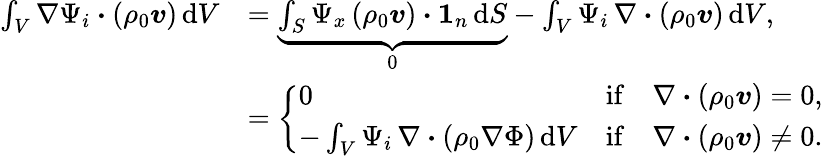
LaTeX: \begin{array}{rl}{\int_{V}\nabla\Psi_{i}\boldsymbol{\cdot}(\rho_{0}\boldsymbol{v})\, \mathrm{d}V}&{=\underbrace{\int_{S}\Psi_{x}\, (\rho_{0}\boldsymbol{v})\boldsymbol{\cdot}\boldsymbol{1}_{n}\, \mathrm{d}S}_{0}-\int_{V}\Psi_{i}\, \nabla\boldsymbol{\cdot}(\rho_{0}\boldsymbol{v})\, \mathrm{d}V,}\\ &{=\left\{ \begin{array}{ll}{0}&{\mathrm{if}\quad\nabla\boldsymbol{\cdot}(\rho_{0}\boldsymbol{v})=0,}\\ {-\int_{V}\Psi_{i}\, \nabla\boldsymbol{\cdot}(\rho_{0}\nabla\Phi)\, \mathrm{d}V}&{\mathrm{if}\quad\nabla\boldsymbol{\cdot}(\rho_{0}\boldsymbol{v})\neq 0.}\end{array}\right.}\end{array}